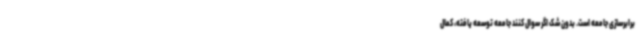
برابرسازی جامعه است. بدون شک اگر سوال کنند جامعه توسعه یافته، کمال